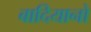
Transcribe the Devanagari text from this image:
बादियानो